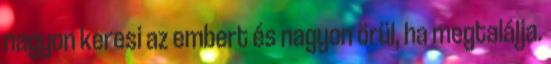
nagyon keresi az embert és nagyon örül, ha megtalálja.